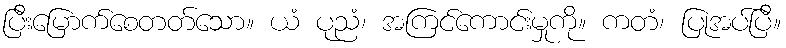
ပြီးမြောက်စေတတ်သော။ ယံ ပုညံ၊ အကြင်ကောင်းမှုကို။ ကတံ၊ ပြုအပ်ပြီ။